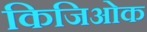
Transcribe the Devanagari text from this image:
किजिओक